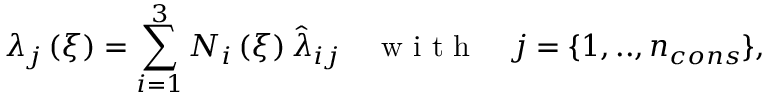
\lambda _ { j } \left( \xi \right) = \sum _ { i = 1 } ^ { 3 } N _ { i } \left( \xi \right) \hat { \lambda } _ { i j } \quad \mathrm { ~ w ~ i ~ t ~ h ~ } \quad j = \{ 1 , . . , n _ { c o n s } \} ,